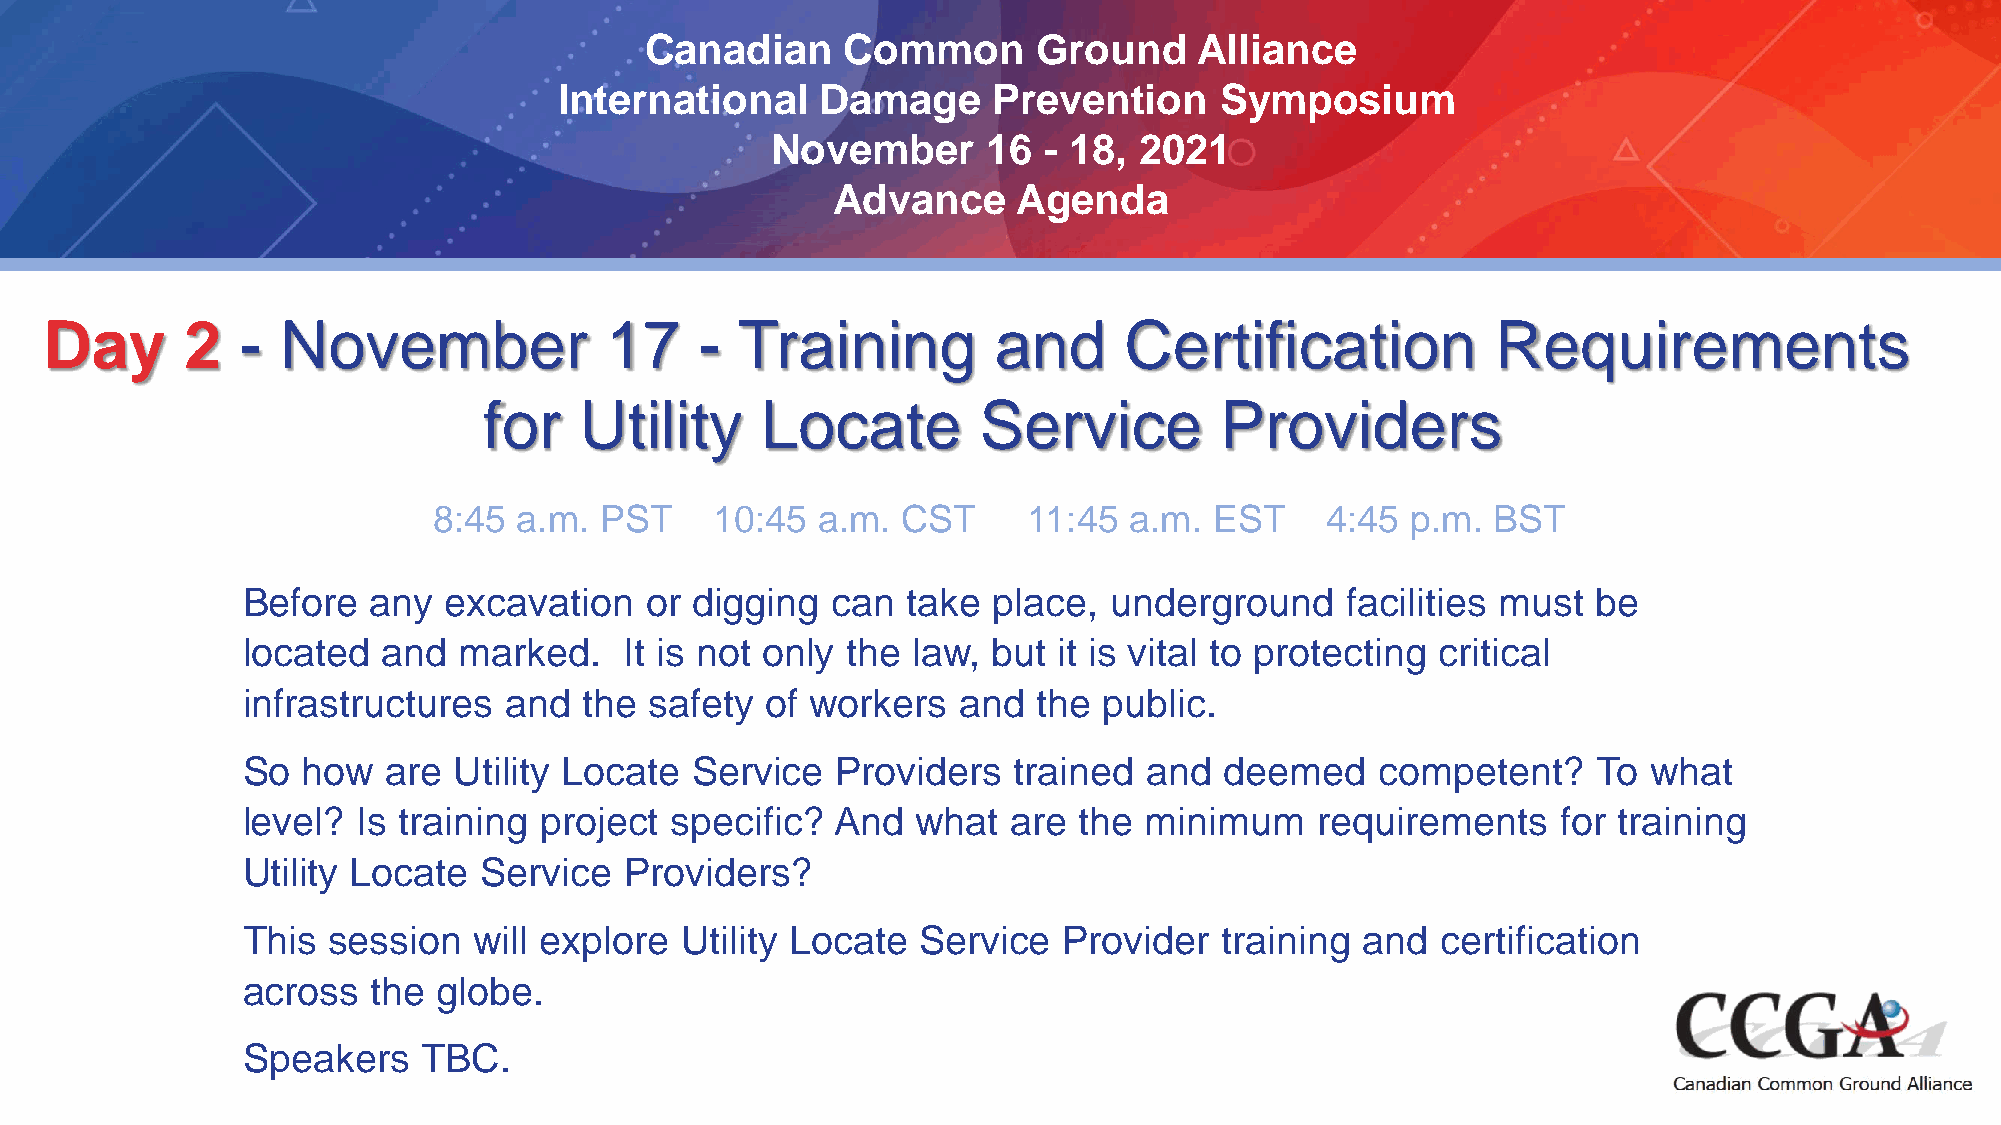
Canadian     Common       Ground    Alliance
 International    Damage      Prevention     Symposium
 November      16  - 18, 2021
 Advance     Agenda
 Day      2   -  November             17    -  Training         and     Certification            Requirements
 for   Utility     Locate         Service         Providers
 8:45 a.m.  PST    10:45  a.m.  CST     11:45  a.m. EST     4:45 p.m.  BST
 Before   any excavation    or digging  can  take  place, underground     facilities must  be
 located  and  marked.    It is not only the law,  but it is vital to protecting critical
 infrastructures  and   the safety  of workers  and   the public.
 So  how   are Utility Locate  Service  Providers   trained  and  deemed    competent?     To what
 level?  Is training project specific?  And   what  are the  minimum    requirements    for training
 Utility Locate  Service  Providers?
 This  session  will explore  Utility Locate  Service  Provider   training and  certification
 across   the globe.
 Speakers    TBC.